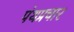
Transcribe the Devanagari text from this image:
पंथप्रचार